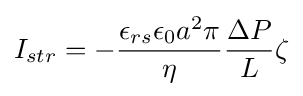
I_{str}=-{\frac {\epsilon _{rs}\epsilon _{0}a^{2}\pi }{\eta }}{\frac {\Delta P}{L}}\zeta